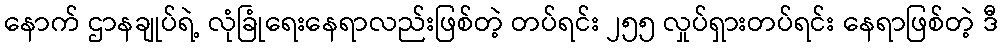
နောက် ဌာနချုပ်ရဲ့ လုံခြုံရေးနေရာလည်းဖြစ်တဲ့ တပ်ရင်း ၂၅၅ လှုပ်ရှားတပ်ရင်း နေရာဖြစ်တဲ့ ဒီ